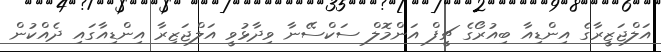
އަލްޖަޒީރާގެ އިންޑިއާ ބިއުރޯގެ ޗީފް އަންމޮލް ސަކްސޭނާ ވިދާޅުވީ އަލްޖަޒިރާ އިންޑިއާގައި ދެއްކުން